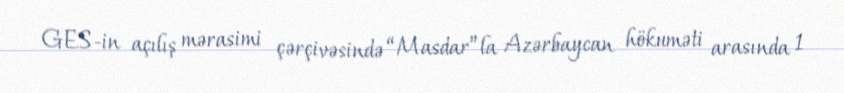
GES-in açılış mərasimi çərçivəsində “Masdar”la Azərbaycan hökuməti arasında 1